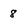
Character: 8